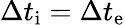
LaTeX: \Delta t_{\mathrm{i}}=\Delta t_{\mathrm{e}}